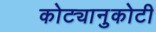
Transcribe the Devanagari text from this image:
कोट्यानुकोटी